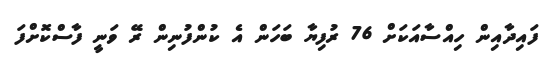
ފައިދާއިން ހިއްސާއަކަށް 76 ރުފިޔާ ބަހަން އެ ކުންފުނިން ރޭ ވަނީ ފާސްކޮށްފަ